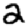
Digit: 2